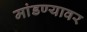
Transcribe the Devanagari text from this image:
मांडण्यावर